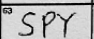
Transcription: SPY